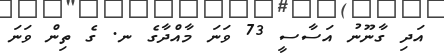
އަދި ގާނޫނު އަސާސީ 73 ވަނަ މާއްދާގެ ނ. ގެ ތިން ވަނަ